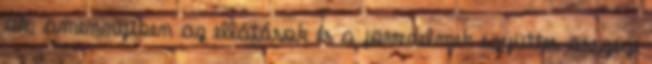
ok, amennyiben az ellátások és a jövedelmek együttes összege